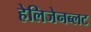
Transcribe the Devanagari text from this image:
हेलिजेनब्लट